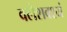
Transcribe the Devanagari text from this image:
क्लेशवश्यं